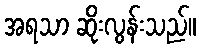
အရသာ ဆိုးလွန်းသည်။